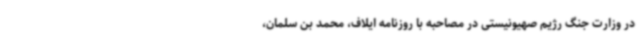
در وزارت جنگ رژیم صهیونیستی در مصاحبه با روزنامه ایلاف، محمد بن سلمان،